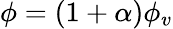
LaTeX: \phi=(1+\alpha){{\phi}_{v}}